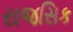
રાજસિક